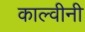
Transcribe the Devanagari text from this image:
काल्वीनी